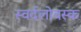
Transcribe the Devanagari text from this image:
स्वर्दलोवस्क